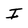
Character: I